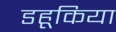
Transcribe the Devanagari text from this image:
डहूकिया